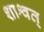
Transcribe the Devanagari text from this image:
शाश्वत्‌